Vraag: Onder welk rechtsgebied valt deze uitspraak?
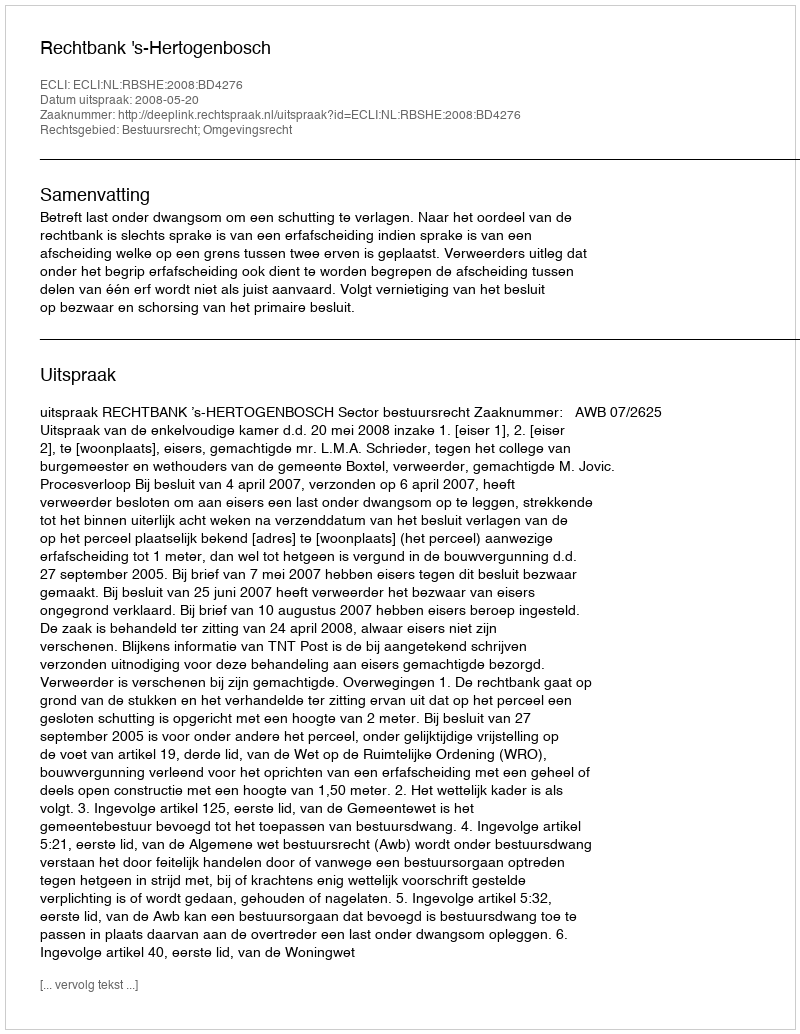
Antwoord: Bestuursrecht; Omgevingsrecht